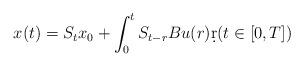
LaTeX: \begin{align*}x(t)=S_{t}x_{0}+\int_{0}^{t} S_{t-r}Bu(r)\d r(t\in[0,T])\end{align*}